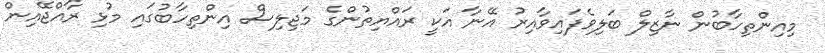
މިއިންތިހާބުން ނާޒިލް ބަލިވެފައިވާއިރު އޭނާ އަކީ ރައްޔިތުންގެ މަޖިލިސް އިންތިހާބުގައި މުޅި ރާއްޖޭއިން